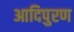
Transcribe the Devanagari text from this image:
आदिपुरण